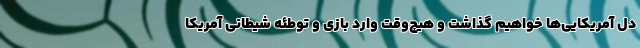
دل آمریکایی‌ها خواهیم گذاشت و هیچ‌وقت وارد بازی و توطئه شیطانی آمریکا